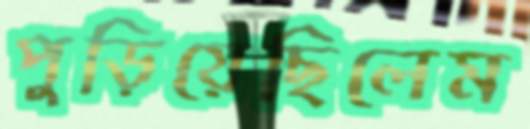
পুড়িয়েছিলেম